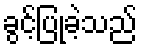
ခွင့်ပြုခဲ့သည်